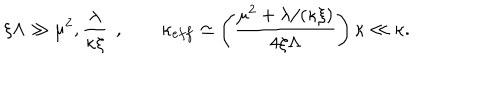
\xi \Lambda \gg \mu ^ { 2 } , \frac { \lambda } { \kappa \xi } \; \, , \quad \quad \kappa _ { e f f } \simeq \left( \frac { \mu ^ { 2 } + \lambda / ( \kappa \xi ) } { 4 \xi \Lambda } \right) \kappa \ll \kappa .